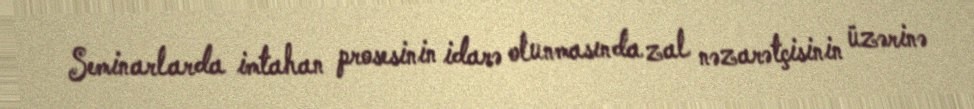
Seminarlarda imtahan prosesinin idarə olunmasında zal nəzarətçisinin üzərinə